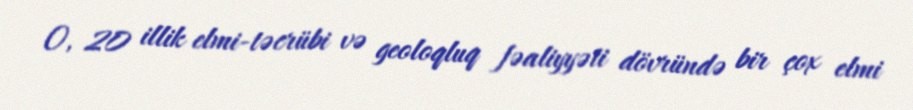
O, 20 illik elmi-təcrübi və geoloqluq fəaliyyəti dövründə bir çox elmi